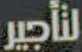
لتأجير